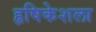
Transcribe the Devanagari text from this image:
हृषिकेशला